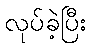
လုပ်ခဲ့ပြီး